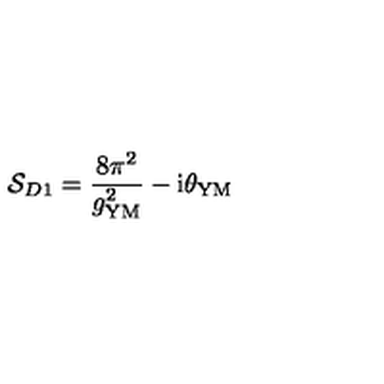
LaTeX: { \cal S } _ { D 1 } = \frac { 8 \pi ^ { 2 } } { g _ { \mathrm { Y M } } ^ { 2 } } - \mathrm { i } \theta _ { \mathrm { Y M } }